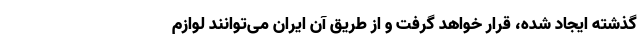
گذشته ایجاد شده، قرار خواهد گرفت و از طریق آن ایران می‌توانند لوازم